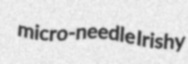
micro-needle Irishy